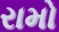
રામો